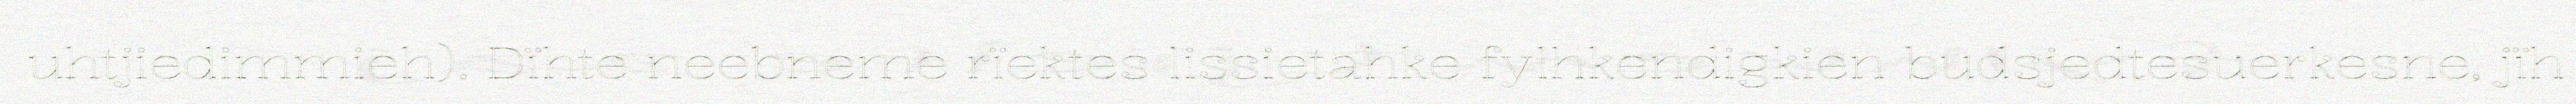
uhtjiedimmieh). Dïhte neebneme rïektes lissietahke fylhkendigkien budsjedtesuerkesne, jïh